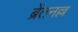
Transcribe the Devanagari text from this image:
ब्रेंतनल्ल